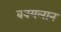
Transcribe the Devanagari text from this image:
बबयलान